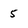
Character: 5